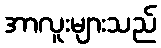
အာလူးများသည်